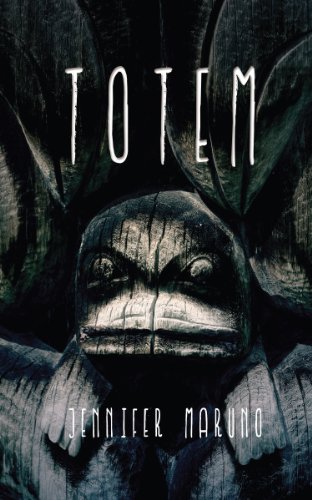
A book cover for Totem; Jennifer Maruno; Teen & Young Adult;